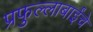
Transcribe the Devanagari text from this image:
प्रफुल्लाबाईंचे